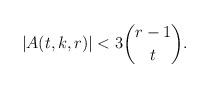
LaTeX: \begin{align*}|A(t,k,r)|< 3\binom{r-1}{t}.\end{align*}